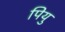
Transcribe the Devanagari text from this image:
पियु